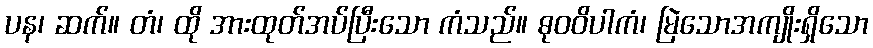
ပန၊ ဆက်။ တံ၊ ထို အားထုတ်အပ်ပြီးသော ကံသည်။ ဓုဝဝိပါကံ၊ မြဲသောအကျိုးရှိသော